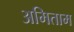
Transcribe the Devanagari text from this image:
अमिताम